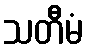
သတီမံ